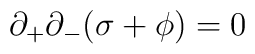
\partial_{+}\partial_{-} (\sigma +\phi)=0